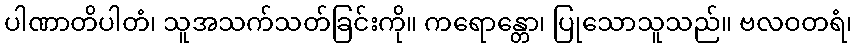
ပါဏာတိပါတံ၊ သူအသက်သတ်ခြင်းကို။ ကရောန္တော၊ ပြုသောသူသည်။ ဗလဝတရံ၊